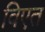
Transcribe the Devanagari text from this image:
विएत